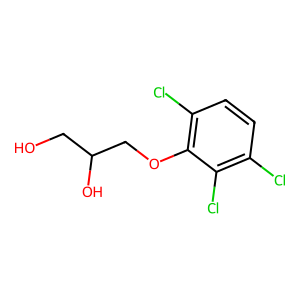
SMILES: OCC(O)COc1c(Cl)ccc(Cl)c1Cl
Inhibits HIV replication: No